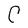
Character: C